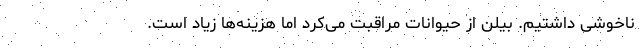
ناخوشی داشتیم. بیلن از حیوانات مراقبت می‌کرد اما هزینه‌ها زیاد است.